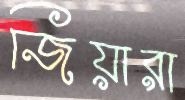
জিয়ারা